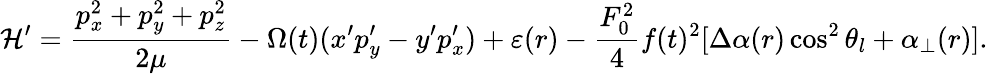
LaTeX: {\cal H^{\prime}}=\frac{p_{x}^{2}+p_{y}^{2}+p_{z}^{2}}{2\mu}-\Omega(t)(x^{\prime}p_{y}^{\prime}-y^{\prime}p_{x}^{\prime})+\varepsilon(r)-\frac{F_{0}^{2}}{4}f(t)^{2}[\Delta\alpha(r)\cos^{2}\theta_{l}+\alpha_{\bot}(r)].